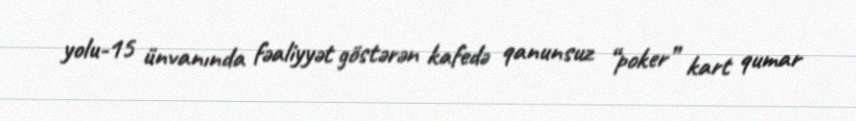
yolu-15 ünvanında fəaliyyət göstərən kafedə qanunsuz “poker” kart qumar